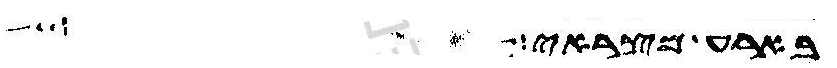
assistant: בארע מצראי שבע